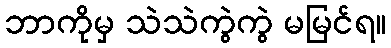
ဘာကိုမှ သဲသဲကွဲကွဲ မမြင်ရ။